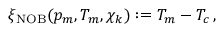
\xi _ { \mathrm { N O B } } ( p _ { m } , T _ { m } , \chi _ { k } ) : = T _ { m } - T _ { c } \, ,